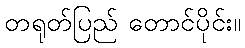
တရုတ်ပြည် တောင်ပိုင်း။